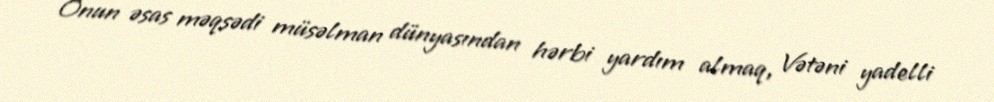
Onun əsas məqsədi müsəlman dünyasından hərbi yardım almaq, Vətəni yadelli